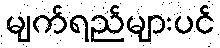
မျက်ရည်များပင်